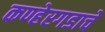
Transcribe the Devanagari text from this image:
कण्हेरगडाचे